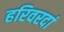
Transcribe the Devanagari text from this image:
हरिवरदां